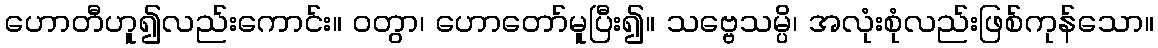
ဟောတီဟူ၍လည်းကောင်း။ ဝတွာ၊ ဟောတော်မူပြီး၍။ သဗ္ဗေသမ္ပိ၊ အလုံးစုံလည်းဖြစ်ကုန်သော။